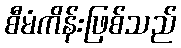
စီမံကိန်းဖြစ်သည်